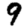
Digit: 9